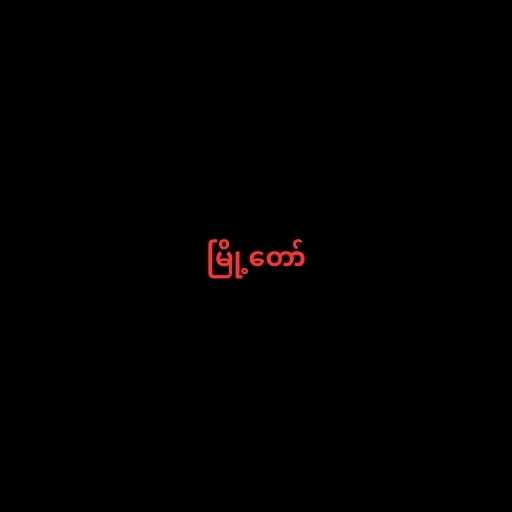
မြို့တော်